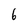
Character: 6